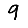
Digit: 9